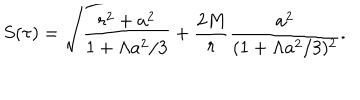
S ( \tau ) = \sqrt { \frac { r ^ { 2 } + a ^ { 2 } } { 1 + \Lambda a ^ { 2 } / 3 } + \frac { 2 M } { r } \frac { a ^ { 2 } } { ( 1 + \Lambda a ^ { 2 } / 3 ) ^ { 2 } } } .